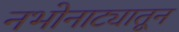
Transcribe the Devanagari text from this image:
नभोनाट्यातून